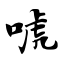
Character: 唬